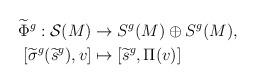
LaTeX: \begin{align*} \begin{aligned}\widetilde{\Phi}^g: \mathcal{S}(M) &\rightarrow S^g(M) \oplus S^g(M), \\ [\widetilde{\sigma}^g(\widetilde{s}^g),v] &\mapsto [\widetilde{s}^g,\Pi(v)]\end{aligned}\end{align*}